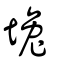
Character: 堍